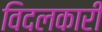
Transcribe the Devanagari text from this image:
विदलकारी